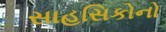
સાહસિકોનો